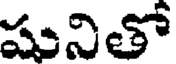
షునితో